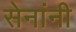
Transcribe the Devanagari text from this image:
सेनांनी